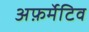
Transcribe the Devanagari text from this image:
अफ़र्मेटिव